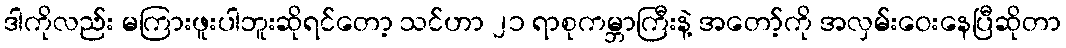
ဒါကိုလည်း မကြားဖူးပါဘူးဆိုရင်တော့ သင်ဟာ ၂၁ ရာစုကမ္ဘာကြီးနဲ့ အတော့်ကို အလှမ်းဝေးနေပြီဆိုတာ